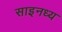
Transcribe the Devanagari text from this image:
साइनध्य